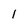
Character: l